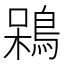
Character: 𪁣